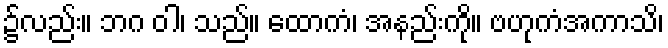
၌လည်း။ ဘဂ ဝါ၊ သည်။ ထောကံ၊ အနည်းကို။ ဗဟုကံအကာသိ၊